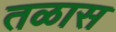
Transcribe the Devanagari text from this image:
तळास